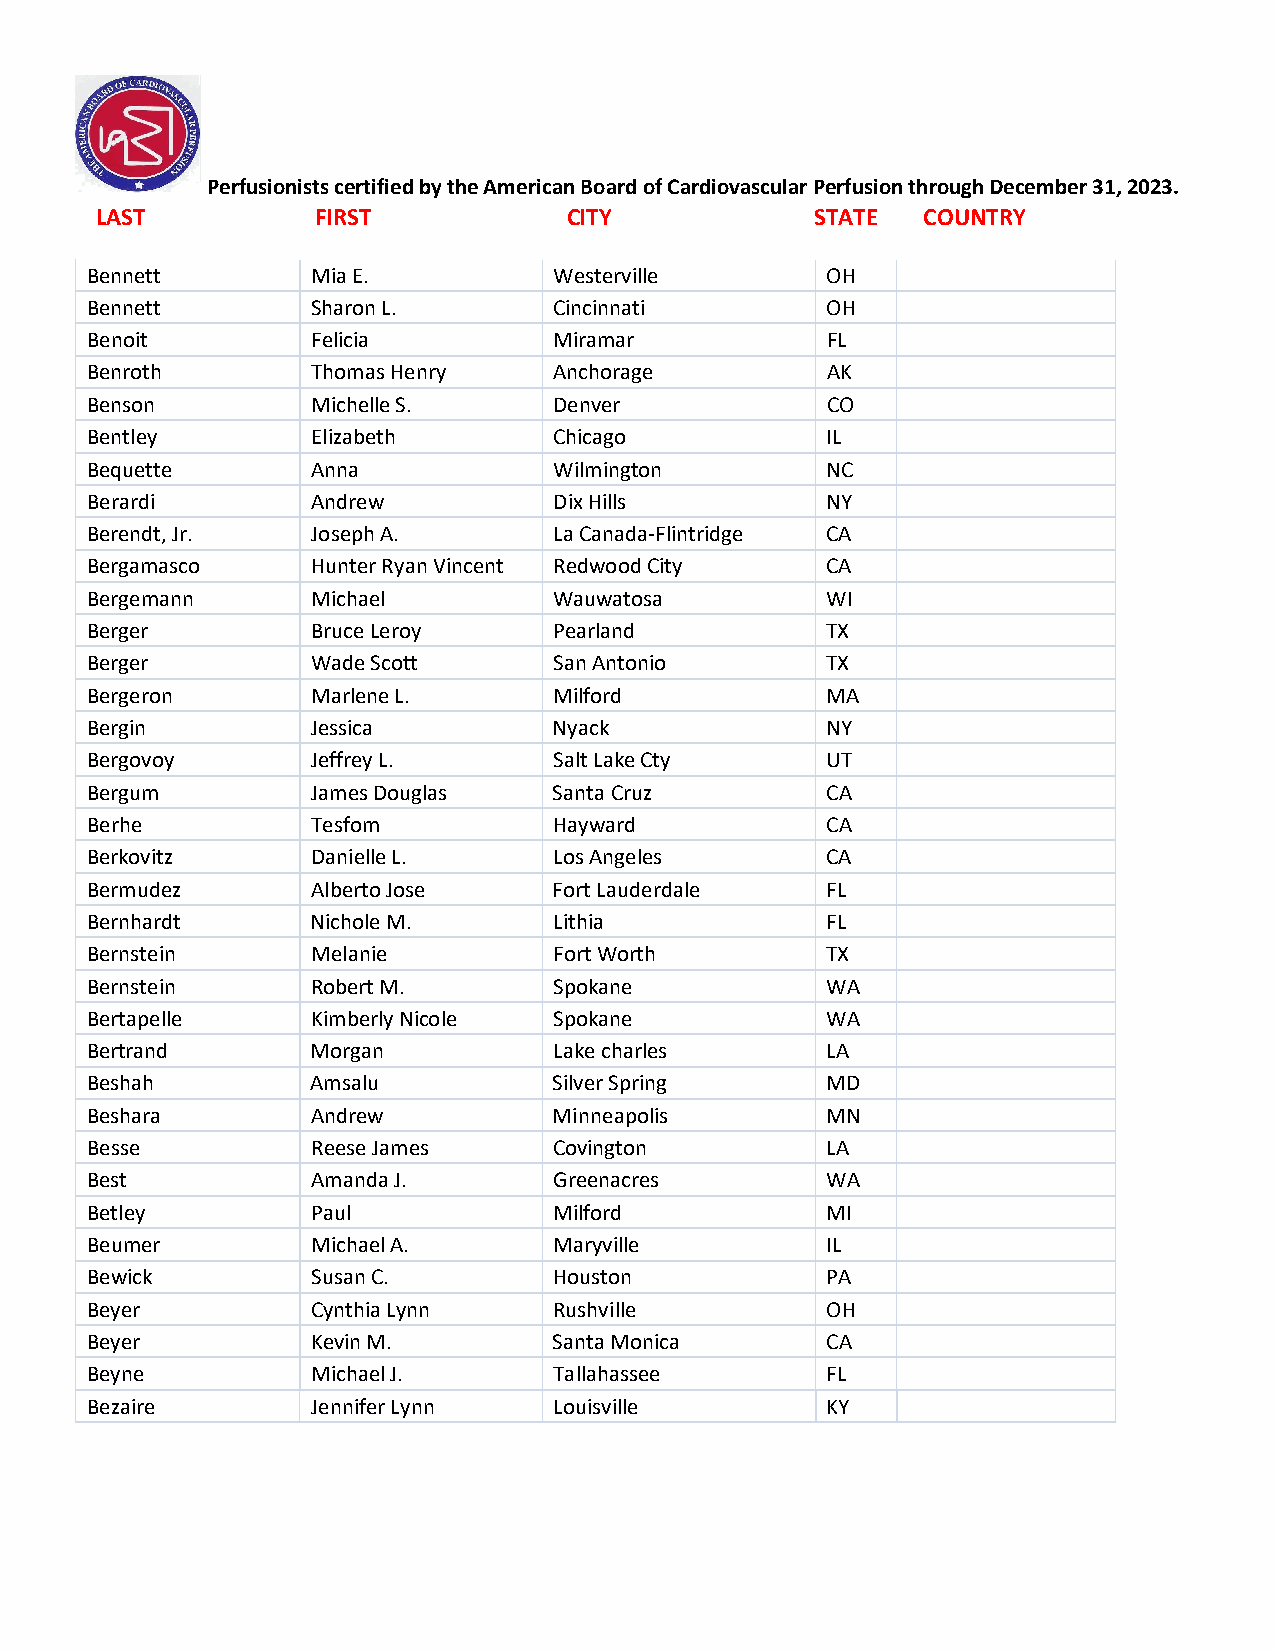
Perfusionists certified by the American Board of Cardiovascular Perfusion through December 31, 2023.
 LAST           FIRST            CITY            STATE  COUNTRY
 Bennett        Mia E.          Westerville       OH
 Bennett        Sharon L.       Cincinnati        OH
 Benoit         Felicia         Miramar           FL
 Benroth        Thomas Henry    Anchorage         AK
 Benson         Michelle S.     Denver            CO
 Bentley        Elizabeth       Chicago           IL
 Bequette       Anna            Wilmington        NC
 Berardi        Andrew          Dix Hills         NY
 Berendt, Jr.   Joseph A.       La Canada-Flintridge CA
 Bergamasco     Hunter Ryan Vincent Redwood City  CA
 Bergemann      Michael         Wauwatosa         WI
 Berger         Bruce Leroy     Pearland          TX
 Berger         Wade Scott      San Antonio       TX
 Bergeron       Marlene L.      Milford           MA
 Bergin         Jessica         Nyack             NY
 Bergovoy       Jeffrey L.      Salt Lake Cty     UT
 Bergum         James Douglas   Santa Cruz        CA
 Berhe          Tesfom          Hayward           CA
 Berkovitz      Danielle L.     Los Angeles       CA
 Bermudez       Alberto Jose    Fort Lauderdale   FL
 Bernhardt      Nichole M.      Lithia            FL
 Bernstein      Melanie         Fort Worth        TX
 Bernstein      Robert M.       Spokane           WA
 Bertapelle     Kimberly Nicole Spokane           WA
 Bertrand       Morgan          Lake charles      LA
 Beshah         Amsalu          Silver Spring     MD
 Beshara        Andrew          Minneapolis       MN
 Besse          Reese James     Covington         LA
 Best           Amanda J.       Greenacres        WA
 Betley         Paul            Milford           MI
 Beumer         Michael A.      Maryville         IL
 Bewick         Susan C.        Houston           PA
 Beyer          Cynthia Lynn    Rushville         OH
 Beyer          Kevin M.        Santa Monica      CA
 Beyne          Michael J.      Tallahassee       FL
 Bezaire        Jennifer Lynn   Louisville        KY